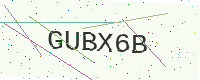
Text: GUBX6B